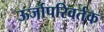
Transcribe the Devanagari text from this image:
ऊर्जापरिवर्तक